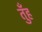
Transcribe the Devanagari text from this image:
तुँह